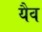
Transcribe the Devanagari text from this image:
यैव